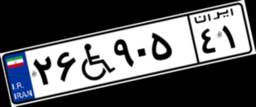
۲۶W۹۰۵۴۱